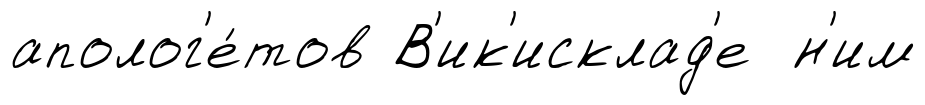
аполог'е́тов В'ик'исклад'е н'им